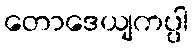
တောဒေယျကပ္ပါ